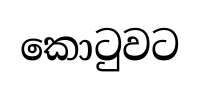
කොටුවට